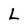
Character: L